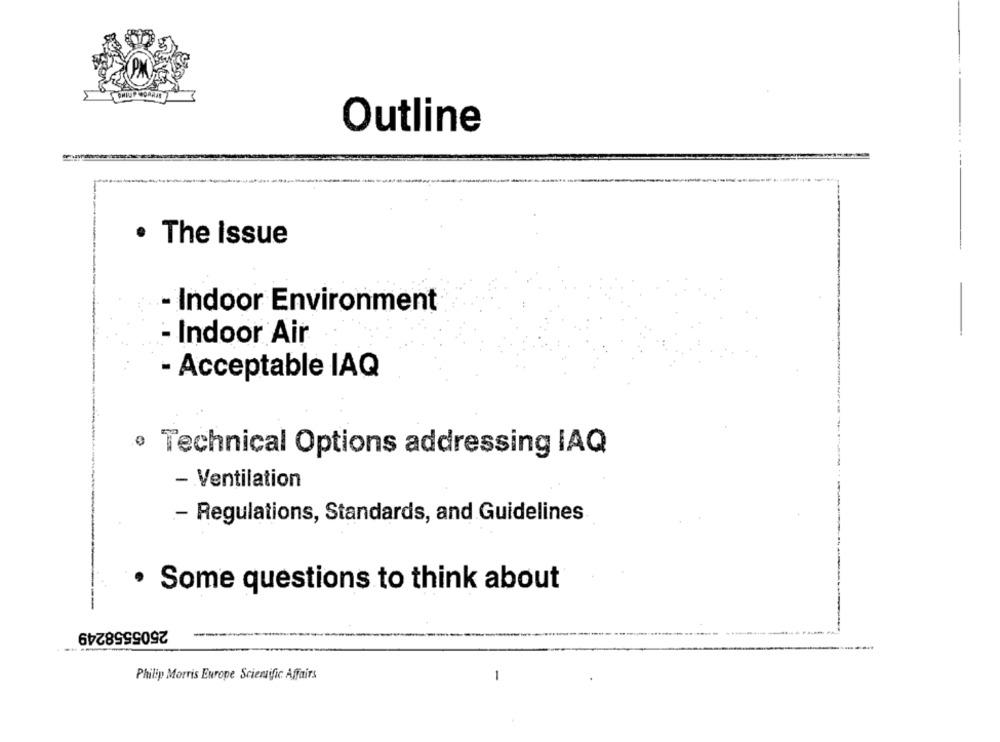
Outline
· The issue
- Indoor Environment
Indoor Air
- Acceptable IAQ
· Technical Options addressing IAQ
- Ventilation
- Regulations, Standards, and Guidelines
. Some questions to think about
2505558249
Philip Morris Europe Scientific Affairs
-